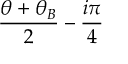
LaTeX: \frac { \theta + \theta _ { B } } { 2 } - \frac { i \pi } { 4 }